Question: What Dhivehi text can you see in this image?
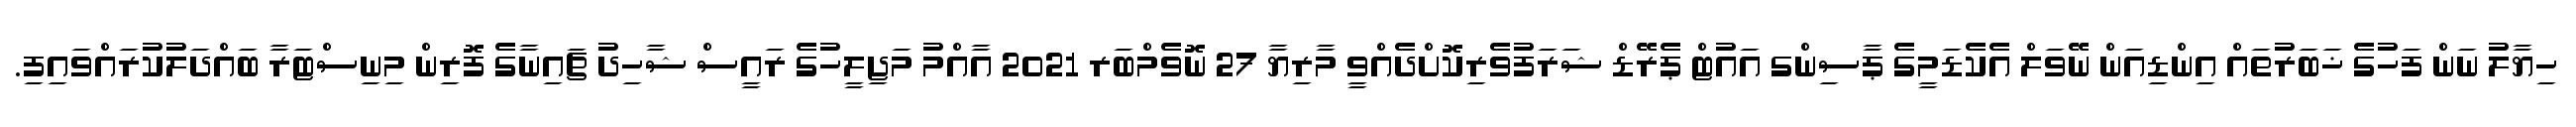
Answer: ހިޔާލު ނަން ފަހުގެ ޚަބަރުތައް އިންޑިއަން ނޭވަލް އެކެޑަމީގެ ޕާސިންގ އައުޓް ޕެރޭޑް ޝަރަފުވެރިކޮށްދެއްވީ މާރިޔާ 27 ނޮވެމްބަރ 2021 އާއްމު މަޖިލީހުގެ ރައީސް ޝާހިދު ޗައިނާގެ ފޮރިން މިނިސްޓަރާ ބައްދަލުކުރައްވައިފި.